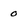
Character: 0